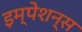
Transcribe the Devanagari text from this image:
इम्पेशन्स